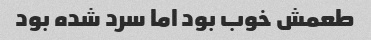
طعمش خوب بود اما سرد شده بود